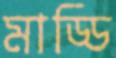
মাড্ডি